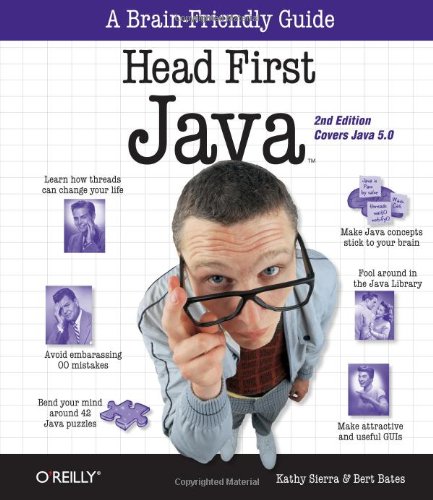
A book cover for Head First Java, 2nd Edition; Kathy Sierra; Computers & Technology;